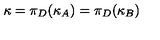
\kappa = \pi _ { D } ( \kappa _ { A } ) = \pi _ { D } ( \kappa _ { B } )